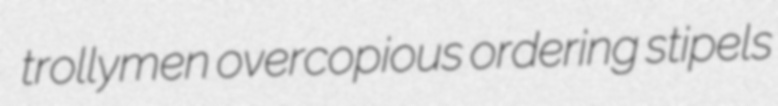
trollymen overcopious ordering stipels